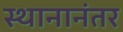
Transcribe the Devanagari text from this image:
स्थानानंतर